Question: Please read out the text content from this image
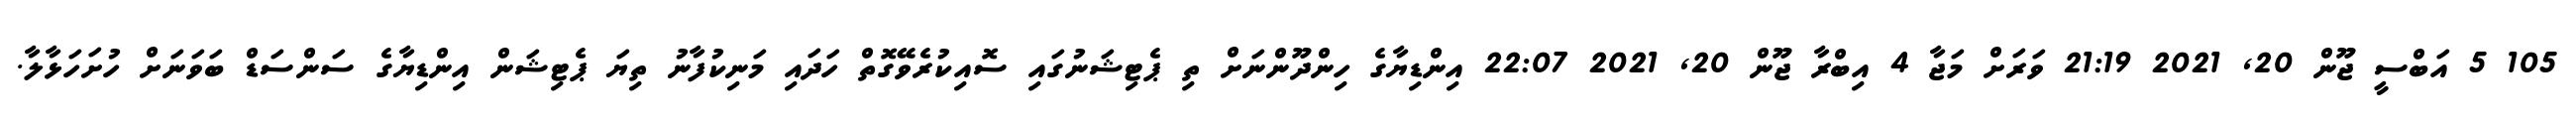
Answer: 105 5 އަބްސީ ޖޫން 20, 2021 21:19 ވަރަށް މަޖާ 4 އިބްރާ ޖޫން 20, 2021 22:07 އިންޑިޔާގެ ހިންދޫންނަށް ތި ޕެޓިޝަނުގައި ސޮއިކުރެވޭގޮތް ހަދައި މަނިކުފާނު ތިޔަ ޕެޓިޝަން އިންޑިޔާގެ ސަންސަޑް ބަވަނަށް ހުށަހަޅާލާ.